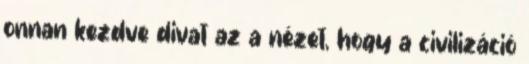
onnan kezdve divat az a nézet, hogy a civilizáció